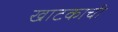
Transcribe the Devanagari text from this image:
खाटकाची